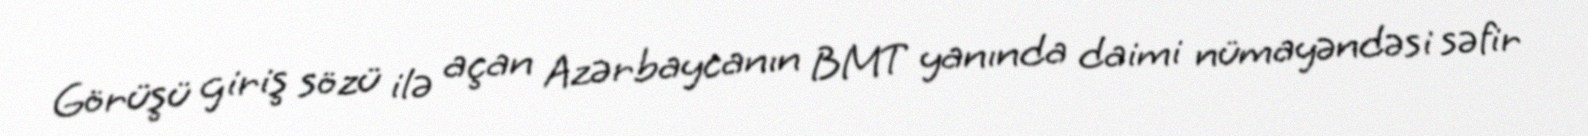
Görüşü giriş sözü ilə açan Azərbaycanın BMT yanında daimi nümayəndəsi səfir